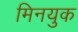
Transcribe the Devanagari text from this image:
मिनयुक